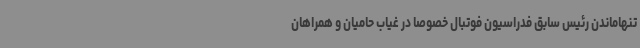
تنهاماندن رئیس سابق فدراسیون فوتبال خصوصا در غیاب حامیان و همراهان